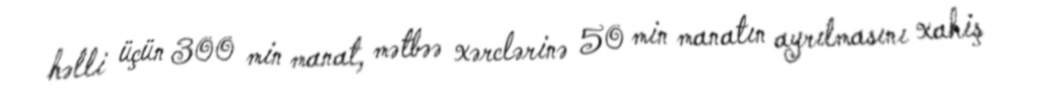
həlli üçün 300 min manat, mətbəə xərclərinə 50 min manatın ayrılmasını xahiş